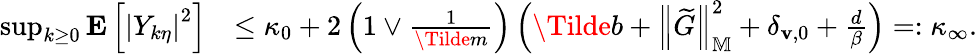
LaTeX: \begin{array}{rl}{\operatorname*{sup}_{k\ge 0}\mathbf{E}\left[\left|Y_{k\eta}\right|^{2}\right]}&{\le\kappa_{0}+2\left(1\vee\frac{1}{\Tilde{m}}\right)\left(\Tilde{b}+\left\| \widetilde{G}\right\| _{\mathbb{M}}^{2}+\delta_{\mathbf{v},0}+\frac{d}{\beta}\right)=:\kappa_{\infty}.}\end{array}